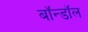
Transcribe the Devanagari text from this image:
बॉन्डॉल